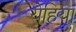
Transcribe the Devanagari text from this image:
येहिया